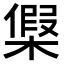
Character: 𣘟